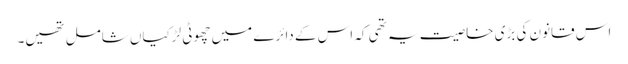
اس قانون کی بڑی خاصیت یہ تھی کہ اس کے دائرے میں چھوٹی لڑکیاں شامل تھیں۔